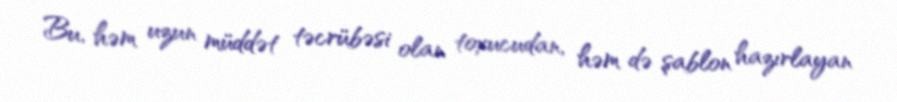
Bu, həm uzun müddət təcrübəsi olan toxucudan, həm də şablon hazırlayan